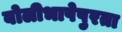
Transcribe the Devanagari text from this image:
बोलीभाषेपुरता